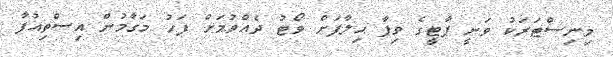
މިނިސްޓަރަކު ވަނީ ޕާޓީގެ ވިޕާ ޙިލާފަށް ވޯޓު ދެއްވުމަށް ފަހު މަގާމުން އިސްތިއުފާ